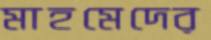
মাহমেদের